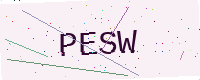
Text: PESW